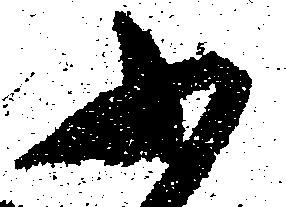
小